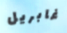
غابريل